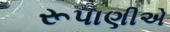
રૂપાણીએ